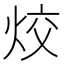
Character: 烄